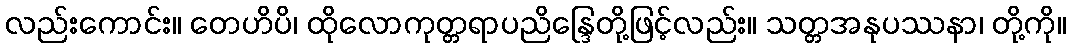
လည်းကောင်း။ တေဟိပိ၊ ထိုလောကုတ္တရာပညိန္ဒြေတို့ဖြင့်လည်း။ သတ္တအနုပဿနာ၊ တို့ကို။